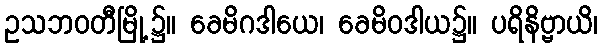
ဥသဘဝတီမြို့၌။ ခေမိဂဒါယေ၊ ခေမိဝဒါယ၌။ ပရိနိဗ္ဗာယိ၊